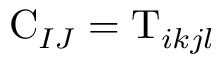
\mathrm { C } _ { I J } = \mathrm { T } _ { i k j l }